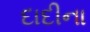
દાદીના